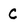
Character: C